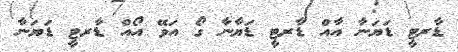
ޑާރޓީ ޑަޔަނާ އާއް ޑާރޓީ ޑަޔާނާ ގޯ އަވޭ އޯއް ޑާރޓީ ޑަޔަނާ